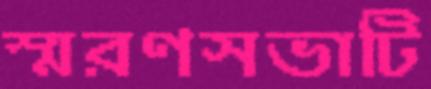
স্মরণসভাটি